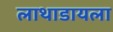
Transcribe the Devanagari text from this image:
लाथाडायला